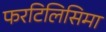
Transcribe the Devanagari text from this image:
फरटिलिसिमा